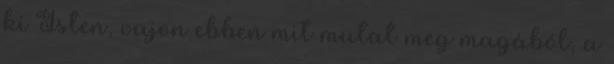
ki Isten, vajon ebben mit mutat meg magából, a